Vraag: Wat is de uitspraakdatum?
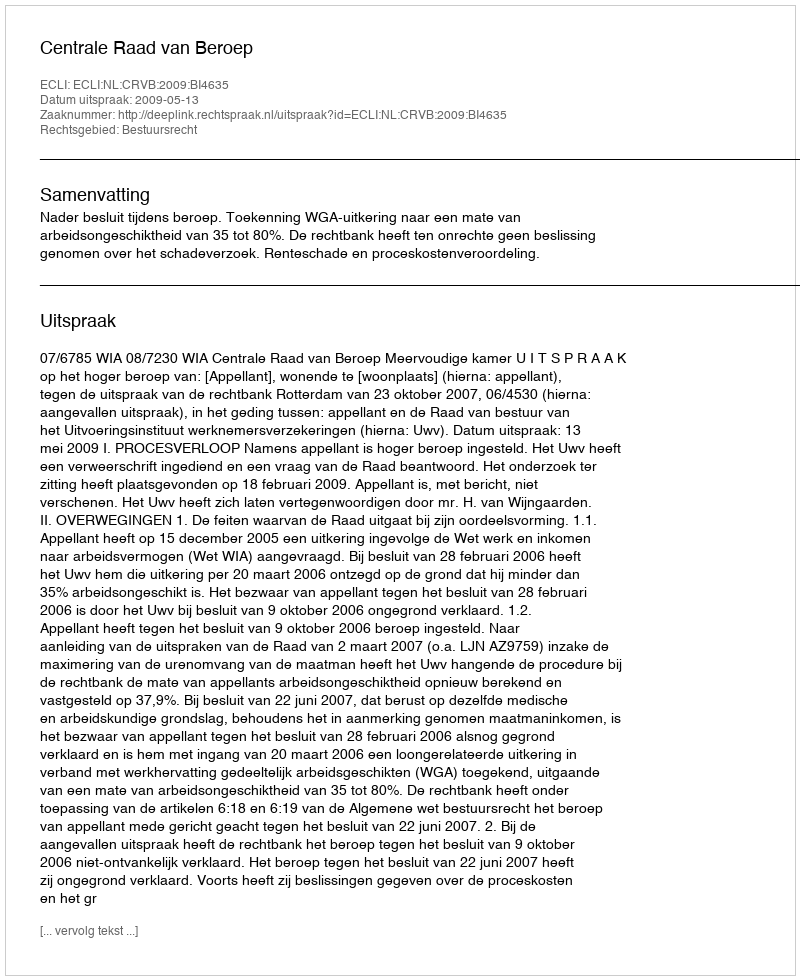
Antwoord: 2009-05-13